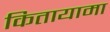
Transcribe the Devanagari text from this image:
कितायामा